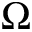
\Omega